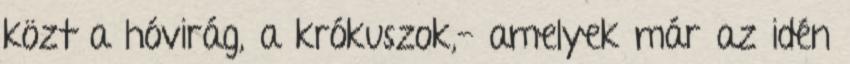
közt a hóvirág, a krókuszok,- amelyek már az idén